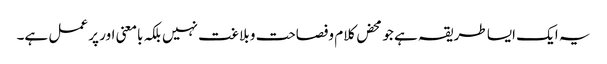
یہ ایک ایسا طریقہ ہے جو محض کلام وفصاحت و بلاغت نہیں بلکہ بامعنی اور پر عمل ہے۔